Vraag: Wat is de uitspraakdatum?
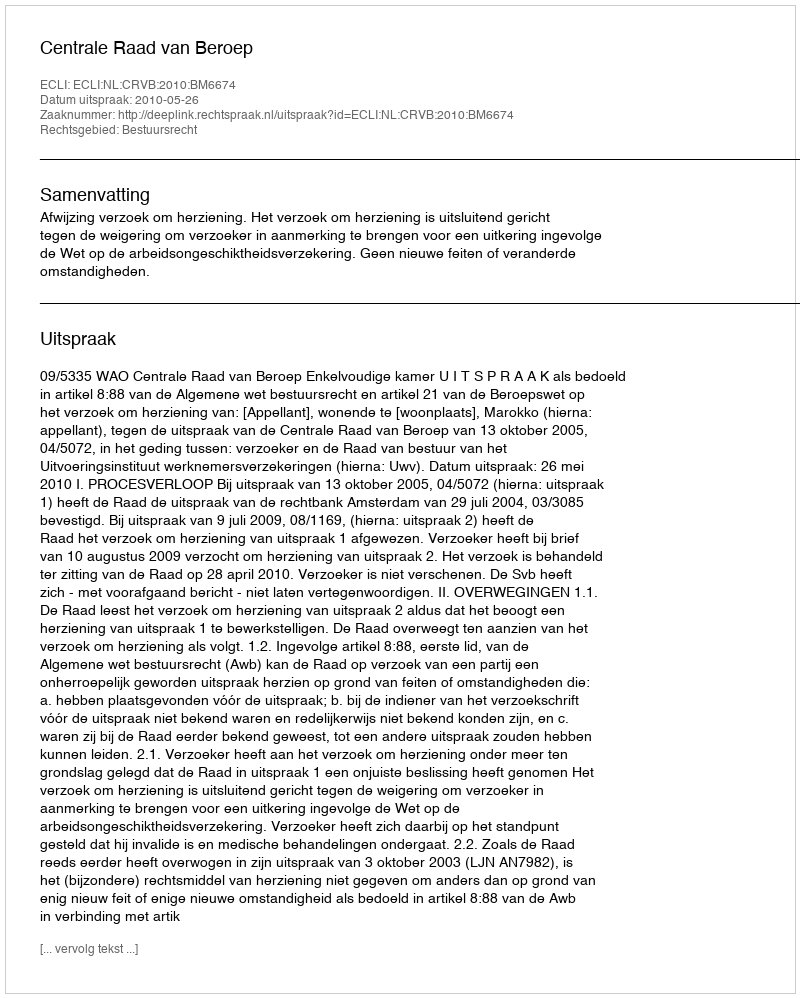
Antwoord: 2010-05-26